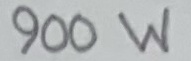
Text: 900W